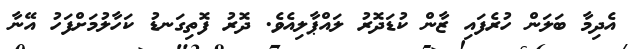
އެދިމާ ބަލަން ހުރެފައި ޒާން ކުޑަދޮރު ލައްޕާލިއެވެ. ދޮރު ފޮތިގަނޑު ކަހާލުމަށްފަހު އޭނާ